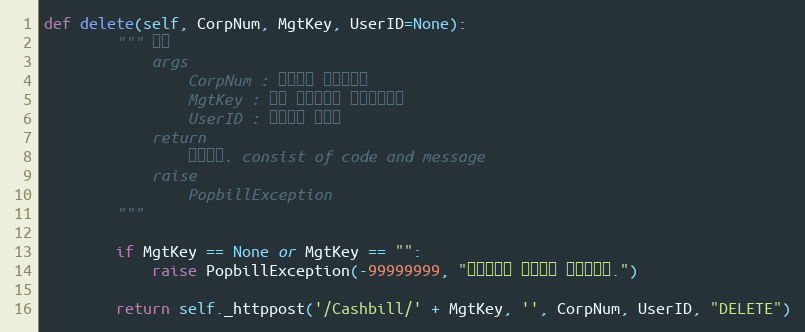
Language: Python
def delete(self, CorpNum, MgtKey, UserID=None):
        """ 삭제
            args
                CorpNum : 팝빌회원 사업자번호
                MgtKey : 원본 현금영수증 문서관리번호
                UserID : 팝빌회원 아이디
            return
                처리결과. consist of code and message
            raise
                PopbillException
        """

        if MgtKey == None or MgtKey == "":
            raise PopbillException(-99999999, "관리번호가 입력되지 않았습니다.")

        return self._httppost('/Cashbill/' + MgtKey, '', CorpNum, UserID, "DELETE")